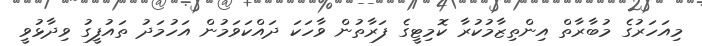
މިއަހަރުގެ މުބާރާތް އިންތިޒާމުކުރާ ކޮމިޓީގެ ފަރާތުން ވާހަކަ ދައްކަވަމުން އަހުމަދު ތައުފީގު ވިދާޅުވީ